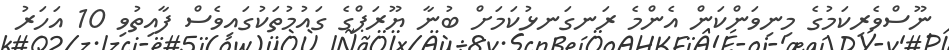
ނޫސްވެރިކަމުގެ މިނިވަންކަން އެންމެ ރަނގަނޅުކަމަށް ބުނާ ޔޫރަޕްގެ ގައުމުތަކުގައިވެސް ފާއިތުވި 10 އަހަރު